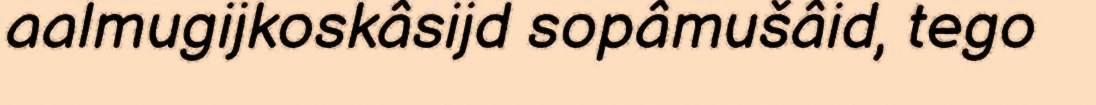
aalmugijkoskâsijd sopâmušâid, tego